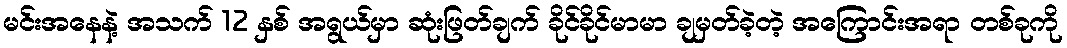
မင်းအနေနဲ့ အသက် 12 နှစ် အရွယ်မှာ ဆုံးဖြတ်ချက် ခိုင်ခိုင်မာမာ ချမှတ်ခဲ့တဲ့ အကြောင်းအရာ တစ်ခုကို